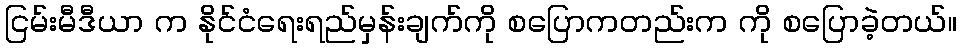
ငြမ်းမီဒီယာ က နိုင်ငံရေးရည်မှန်းချက်ကို စပြောကတည်းက ကို စပြောခဲ့တယ်။